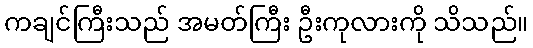
ကချင်ကြီးသည် အမတ်ကြီး ဦးကုလားကို သိသည်။